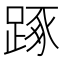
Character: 𨁿